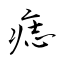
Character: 痣